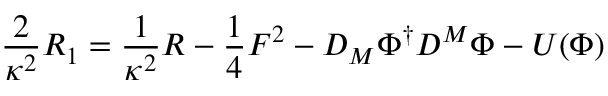
\frac { 2 } { \kappa ^ { 2 } } R _ { 1 } = \frac { 1 } { \kappa ^ { 2 } } R - \frac { 1 } { 4 } F ^ { 2 } - D _ { M } \Phi ^ { \dagger } D ^ { M } \Phi - U ( \Phi )